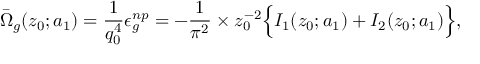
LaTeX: \bar { \Omega } _ { g } ( z _ { 0 } ; a _ { 1 } ) = { \frac { 1 } { q _ { 0 } ^ { 4 } } } \epsilon _ { g } ^ { n p } = - { \frac { 1 } { \pi ^ { 2 } } } \times z _ { 0 } ^ { - 2 } \Bigl \{ I _ { 1 } ( z _ { 0 } ; a _ { 1 } ) + I _ { 2 } ( z _ { 0 } ; a _ { 1 } ) \Bigr \} ,